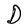
Character: D